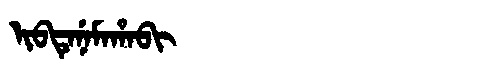
Manchu: ᡳᠪᡨᡝᠨᡝᠮᠠᡥᠠᠪᡳ
Romanization: IBTENEMAHABI